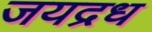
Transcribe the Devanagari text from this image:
जयद्रध